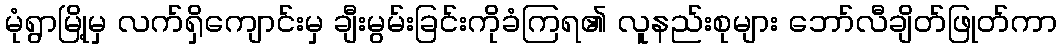
မုံရွာမြို့မှ လက်ရှိကျောင်းမှ ချီးမွမ်းခြင်းကိုခံကြရ၏ လူနည်းစုများ ဘော်လီချိတ်ဖြုတ်ကာ